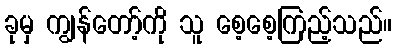
ခုမှ ကျွန်တော့်ကို သူ စေ့စေ့ကြည့်သည်။